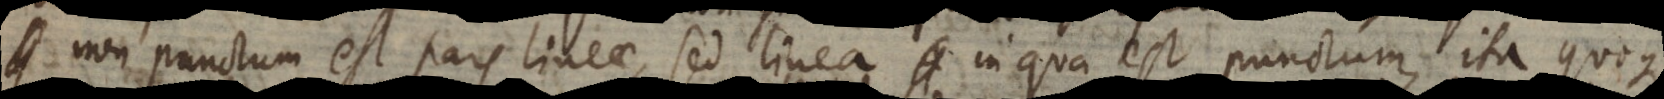
non punctum est pars lineae, sed linea in qua est punctum, ita quoque